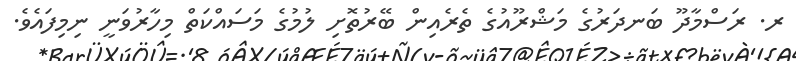
ރ. ރަސްމާދޫ ބަނދަރުގެ މަޝްރޫއުގެ ތެރެއިން ބޭރުތޮށި ލުމުގެ މަސައްކަތް މިހާރުވަނީ ނިމިފައެވެ.